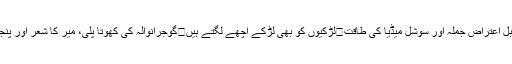
عصر حاضر کے ”صوفی“ کی دو نمبری	میرشکیل کا قابل اعتراض جملہ اور سوشل میڈیا کی طاقت	لڑکیوں کو بھی لڑکے اچھے لگتے ہیں	گوجرانوالہ کی کھوتا پلی، میر کا شعر اور پنجاب کا کنجر	مشہور ترین پوسٹیں	آپ شرمندہ کیوں ہیں؟